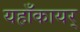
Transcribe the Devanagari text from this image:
यहाँकायर्